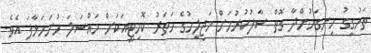
ތަހުގީގު ހިނގަމުންދާ ގޮތް ސާފުކުރުމަށް މަޖިލީހުގެ ހަތަރު ކޮމިޓީއަކަށް މައްސަލަ ހުށަހަޅާފަ އެވެ.